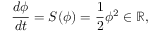
\frac { d \phi } { d t } = S ( \phi ) = \frac { 1 } { 2 } \phi ^ { 2 } \in \mathbb { R } ,